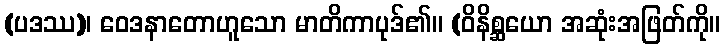
(ပဒဿ)၊ ဝေဒနာတောဟူသော မာတိကာပုဒ်၏။ (ဝိနိစ္ဆယော အဆုံးအဖြတ်ကို။